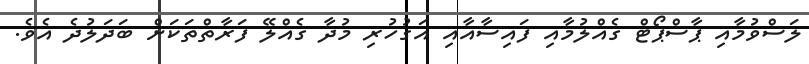
ލަސްވުމާއި ޕާސްޕޯޓް ގެއްލުމާއި ފައިސާއާއި އަގުހުރި މުދާ ގެއްލޭ ފަރާތްތަކަށް ބަދަލުދެ އެވެ.